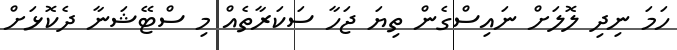
ހަމަ ނިދި ލޮލަށް ނައިސްގެން ތިޔަ ޖަހާ ސަކަރާތެއް މި ސްޓޭޝަނާ ދެކޮޅަށް